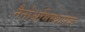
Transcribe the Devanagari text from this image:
नैनोअभिस्थापक